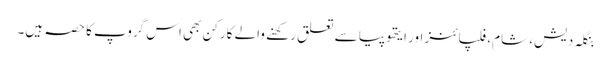
بنگلہ دیش، شام، فلپائنز اور ایتھوپیا سے تعلق رکھنے والے کارکن بھی اس گروپ کا حصہ ہیں۔